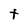
Character: t